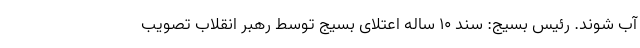
آب شوند. رئیس بسیج: سند ۱۰ ساله اعتلای بسیج توسط رهبر انقلاب تصویب